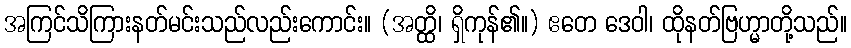
အကြင်သိကြားနတ်မင်းသည်လည်းကောင်း။ (အတ္ထိ၊ ရှိကုန်၏။) ဧတေ ဒေဝါ၊ ထိုနတ်ဗြဟ္မာတို့သည်။